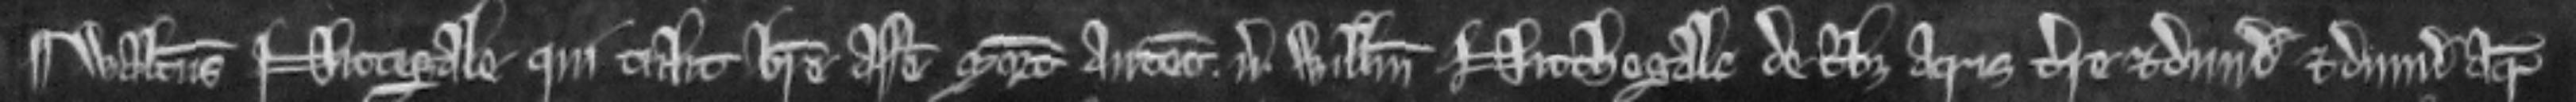
¶ Walterus Nictegale qui tulit breve assise mortis antecessoris versus Willelmum Nicthegale de tribus acris terre et dimidia et dimidia acre